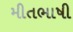
મીતભાષી